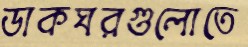
ডাকঘরগুলোতে